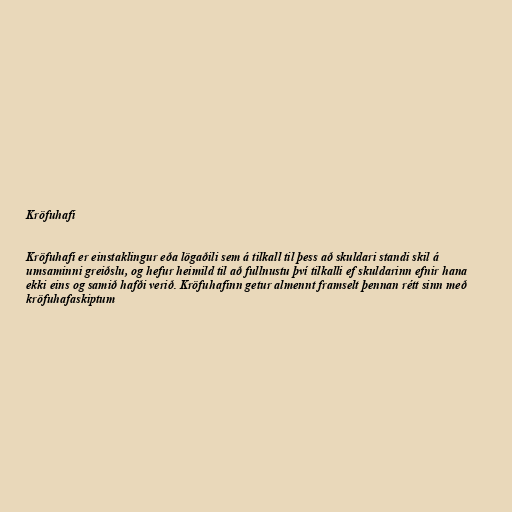
Kröfuhafi

Kröfuhafi er einstaklingur eða lögaðili sem á tilkall til þess að skuldari standi skil á
umsaminni greiðslu, og hefur heimild til að fullnustu því tilkalli ef skuldarinn efnir hana
ekki eins og samið hafði verið. Kröfuhafinn getur almennt framselt þennan rétt sinn með
kröfuhafaskiptum